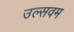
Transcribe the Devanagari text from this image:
उल्सवम